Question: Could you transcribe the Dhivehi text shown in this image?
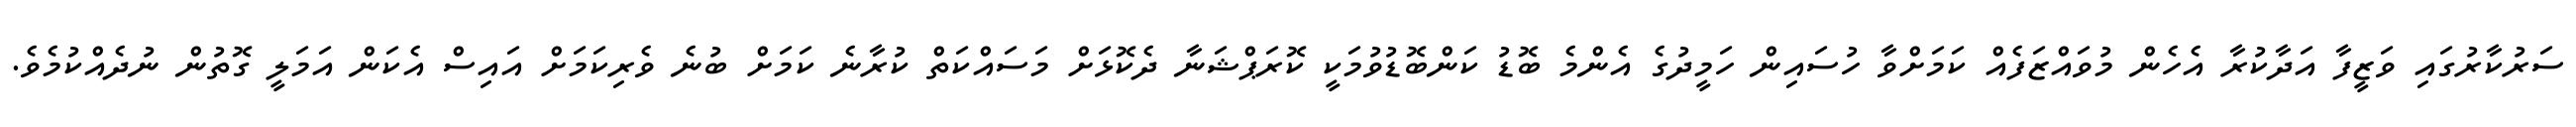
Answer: ސަރުކާރުގައި ވަޒީފާ އަދާކުރާ އެހެން މުވައްޒަފެއް ކަމަށްވާ ހުސައިން ހަމީދުގެ އެންމެ ބޮޑު ކަންބޮޑުވުމަކީ ކޮރަޕްޝަނާ ދެކޮޅަށް މަސައްކަތް ކުރާނެ ކަމަށް ބުނެ ވެރިކަމަށް އައިސް އެކަން އަމަލީ ގޮތުން ނުދެއްކުމެވެ.